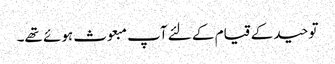
توحید کے قیام کے لئے آپ مبعوث ہوئے تھے۔